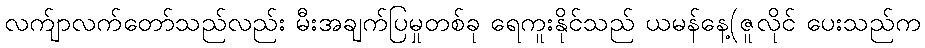
လက်ျာလက်တော်သည်လည်း မီးအချက်ပြမှုတစ်ခု ရေကူးနိုင်သည် ယမန်နေ့(ဇူလိုင် ပေးသည်က